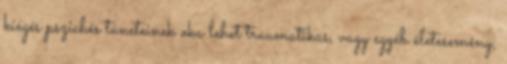
kiégés pszichés tüneteinek oka lehet traumatikus, vagy egyéb életesemény,